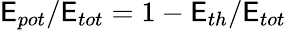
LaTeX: \mathsf{E}_{pot}/\mathsf{E}_{tot}=1-\mathsf{E}_{th}/\mathsf{E}_{tot}